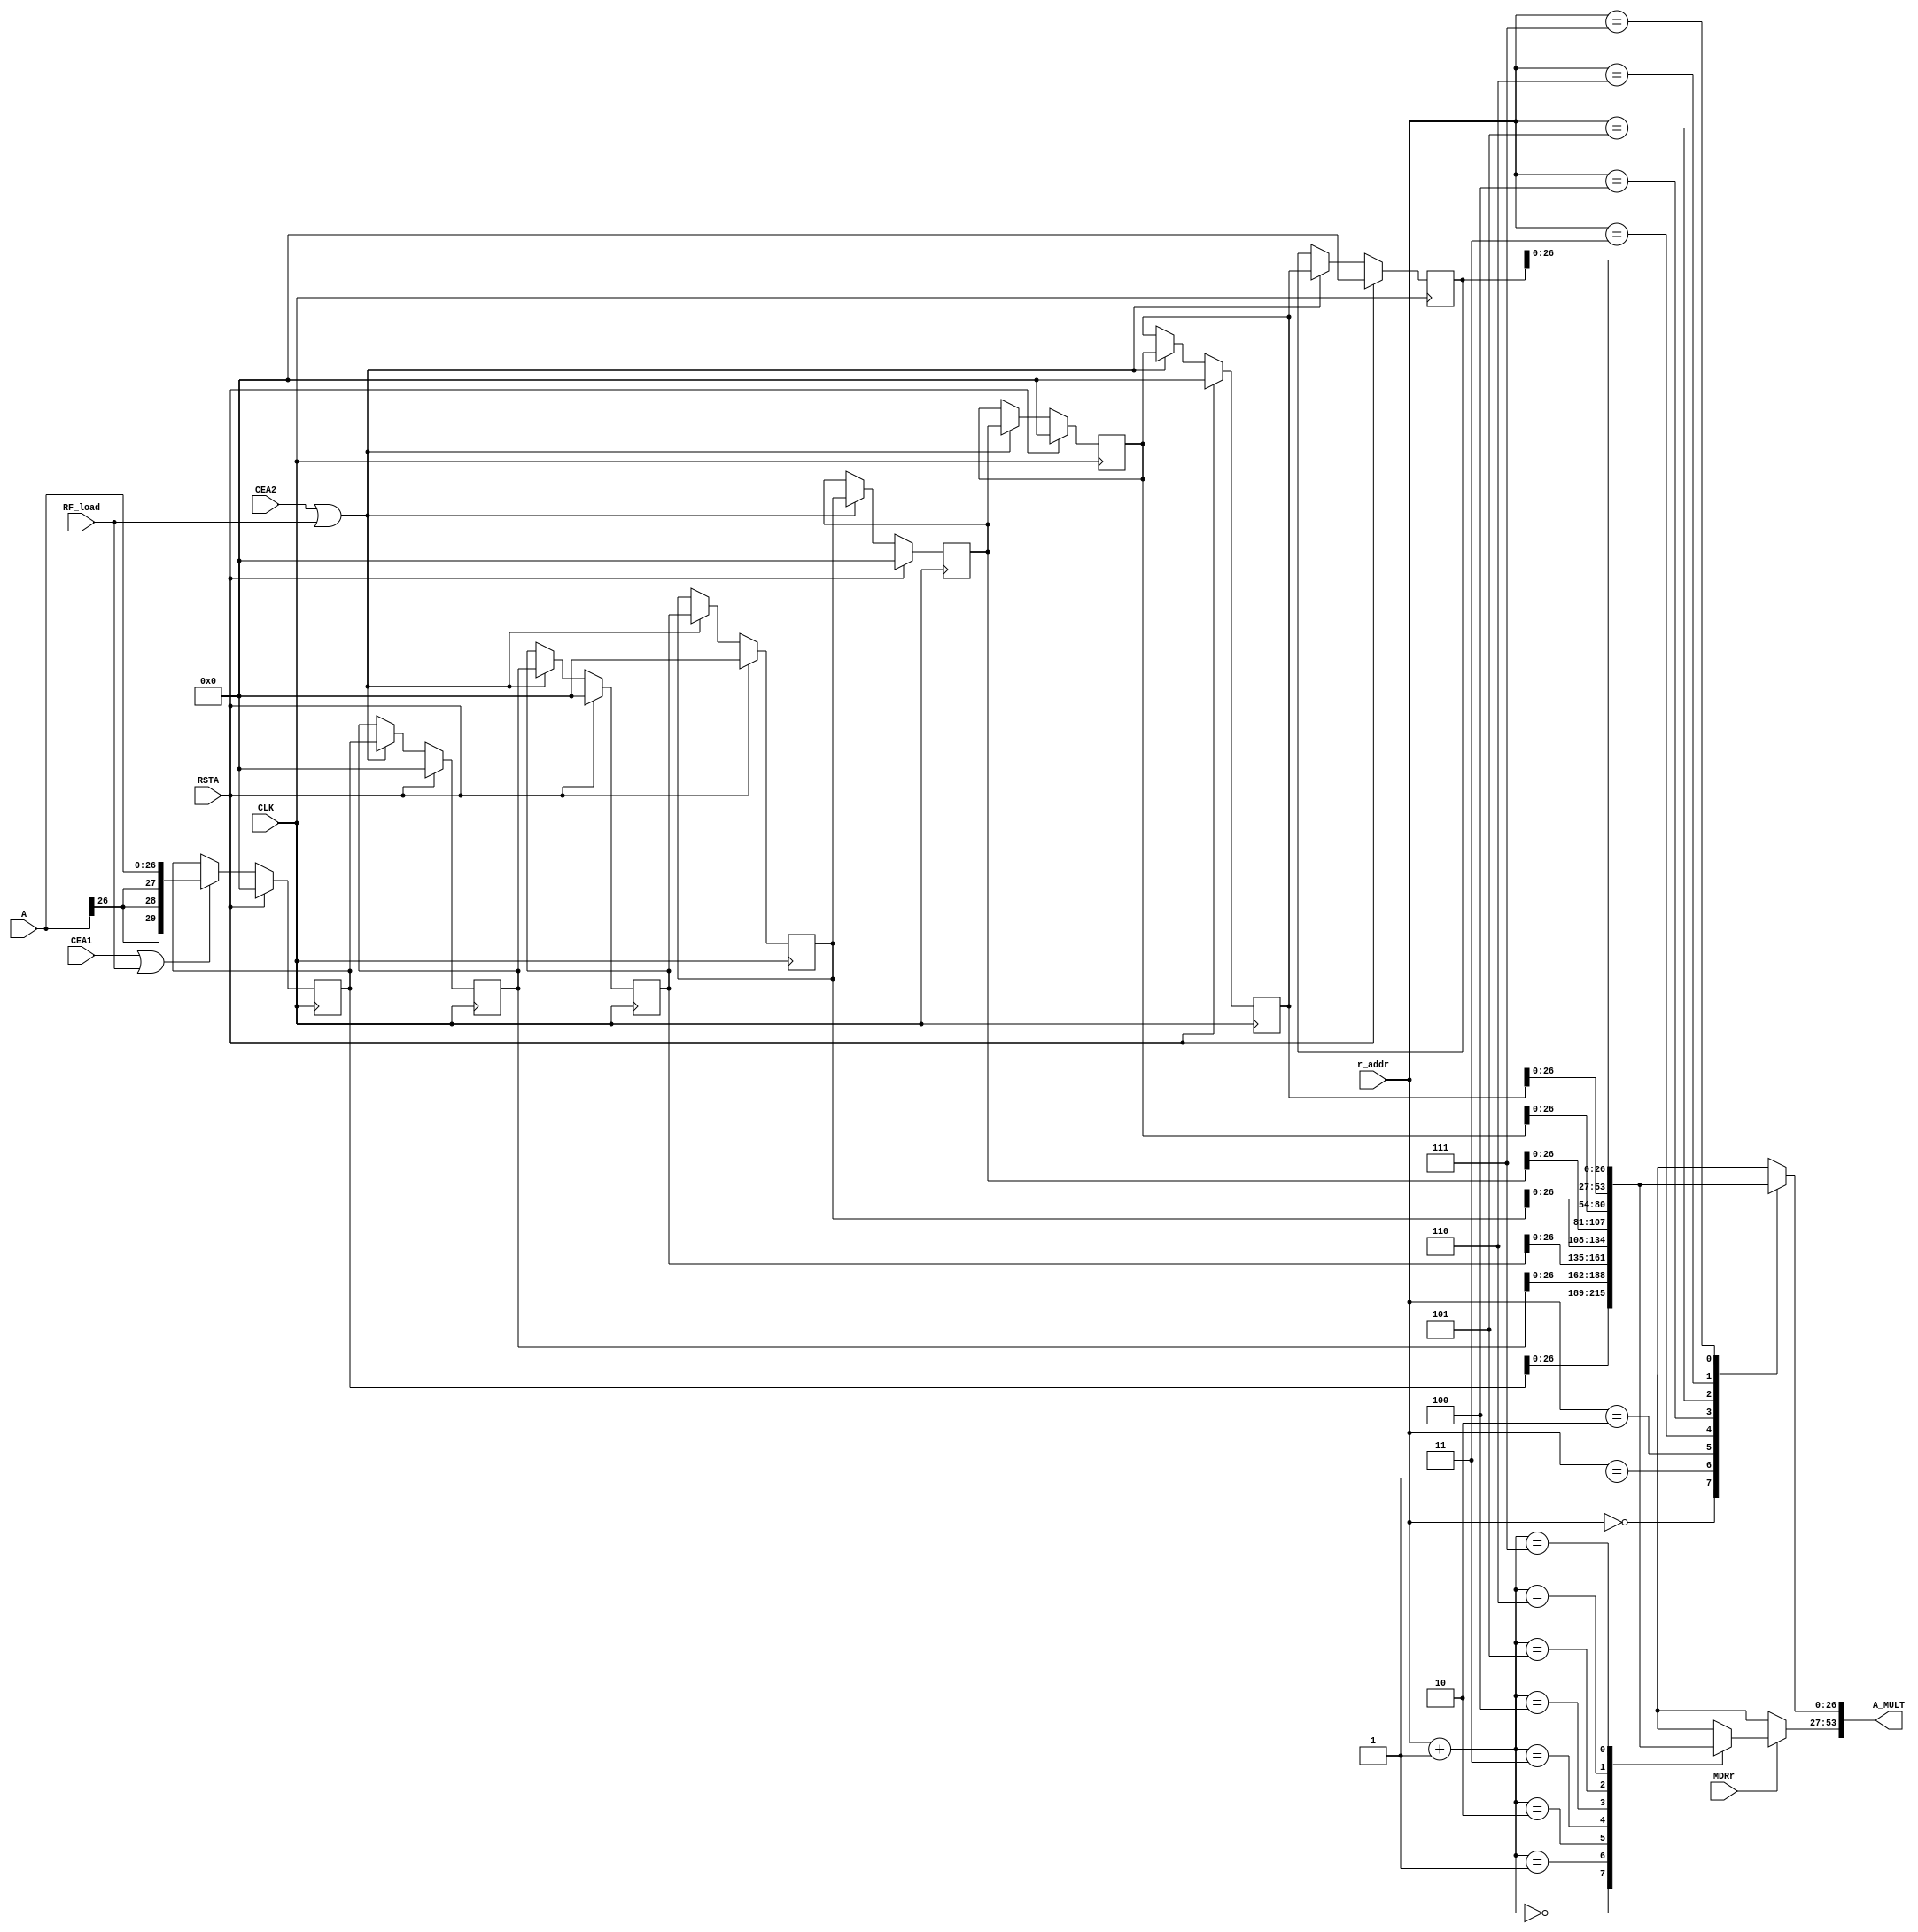
module  FIFO(
    CLK,
    RSTA,
    CEA1,
    CEA2,
    RF_load,
    MDRr,
    r_addr,
    A,
    A_MULT
 );

     parameter registerfile_size = 8;
     parameter registerfile_size_log = $clog2(registerfile_size);

    input CLK;
    input RSTA;
    input CEA1;
    input CEA2;
    input RF_load;
    input MDRr;
    input [2:0] r_addr;
    input signed [26:0] A;

    output [53:0] A_MULT;

    reg [29:0] A_RF [7:0];

    generate
    integer j;
    // RF as a shift register
    always@(posedge CLK) begin
        if (RSTA) begin
            for ( j = 0; j < 8; j = j + 1) begin
                A_RF[j] <= 30'b0;
            end
        end
        else begin
            if (CEA1 | RF_load) begin
                A_RF[0] <= A;
            end
            /*if (CEA2 | RF_load) begin
                A_RF[1] <= A_RF[0];
            end*/
            if (CEA2 | RF_load) begin
                for (j = 1; j < 8; j = j + 1) begin
                    A_RF[j] <= A_RF[j-1];
                end
            end
        end
    end

    endgenerate

    reg [26:0] a_mult_temp_0;
    reg [26:0] a_mult_temp_1;
    always @ (*) begin
        if (MDRr) begin
            a_mult_temp_0 = A_RF[r_addr][26:0];
            a_mult_temp_1 = A_RF[r_addr + 1][26:0];
        end
        else begin
            a_mult_temp_0 = A_RF[r_addr][26:0];
            a_mult_temp_1 = 27'bx;

        end
    end

   wire signed [53:0] A_MULT = {a_mult_temp_1,a_mult_temp_0};

endmodule

module FIFO_A(
    CLK,
    MDR,
    CHAINMODE,
    A,
    ACIN,
    RF_load,

    A_addr,
    ACOUT_addr,

    RSTA,
    RSTCHAINMODE,
    RSTMDR,

    CEA1,
    CEA2,
    CECHAINMODE,
    CEMDR,

    A_MULT,
    ACOUT
     );

    parameter registerfile_size = 8;
    parameter registerfile_size_log = $clog2(registerfile_size);

    parameter integer AREG = 1;
    parameter A_INPUT = "DIRECT";
    parameter integer CHAINMODEREG = 1;
    parameter [1:0] IS_CHAINMODE_INVERTED = 1'b0;
    parameter IS_RSTCHAINMODE_INVERTED = 1'b0;

    parameter integer MDRREG = 1;
    parameter IS_MDR_INVERTED = 1'b0;
    parameter IS_RSTMDR_INVERTED = 1'b0;


    input CLK;
    input MDR;
    input [1:0] CHAINMODE;

    input [29:0] A;
    input [29:0] ACIN;
    input RF_load;

    input [registerfile_size_log-1:0] A_addr;
    input [registerfile_size_log-1:0] ACOUT_addr;

    input RSTA;
    input RSTCHAINMODE;
    input RSTMDR;

    input CEA1;
    input CEA2;
    input CECHAINMODE;
    input CEMDR;

    output [53:0] A_MULT;
    output reg [29:0] ACOUT;

    reg        [1:0]  CHAINMODEr;
    reg        MDRr;

    wire signed [29:0] A_muxed;

generate
     if (A_INPUT == "CASCADE") assign A_muxed = ACIN;
        else assign A_muxed = A;

    if (CHAINMODEREG == 1) initial CHAINMODEr = 0;
    if (CHAINMODEREG == 1) begin always @(posedge CLK) if (RSTCHAINMODE) CHAINMODEr <= 0; else if (CECHAINMODE) CHAINMODEr <= CHAINMODE; end
    else           always @* CHAINMODEr <= CHAINMODE;
    if (MDRREG == 1) initial MDRr = 0;
    if (MDRREG == 1) begin always @(posedge CLK) if (RSTMDR) MDRr <= 0; else if (CEMDR) MDRr <= MDR; end
    else           always @* MDRr <= MDR;
endgenerate
reg [29:0] A_RF [7:0];

    generate
    integer j;
    // RF as A_muxed shift register
    always@(posedge CLK) begin
        if (RSTA) begin
            for ( j = 0; j < 8; j = j + 1) begin
                A_RF[j] <= 30'b0;
            end
        end
        else begin
            if (CEA1 | RF_load) begin
                A_RF[0] <= A_muxed;
            end
            /*if (CEA2 | RF_load) begin

                A_RF[1] <= A_RF[0];
            end*/
            if (CEA2 | RF_load) begin
                for (j = 1; j < 8; j = j + 1) begin
                    A_RF[j] <= A_RF[j-1];
                end
            end
        end
    end

    endgenerate

    reg [26:0] a_mult_temp_0;
    reg [26:0] a_mult_temp_1;
    always @ (*) begin
        if (MDRr) begin
            a_mult_temp_0 = A_RF[A_addr][26:0];
            a_mult_temp_1 = A_RF[A_addr + 1][26:0];
        end
        else begin
            a_mult_temp_0 = A_RF[A_addr][26:0];
            a_mult_temp_1 = 27'bx;
end
    end


   wire signed [53:0] A_MULT = {a_mult_temp_1,a_mult_temp_0};


    always @ (*) begin
        case (CHAINMODEr)
            2'b00: begin
                if (ACOUT_addr == 0) begin
                    ACOUT = A_muxed;
                end
                else begin
                    ACOUT = A_RF[ACOUT_addr - 1];
                end
            end
         /*   2'b01: begin
                ACOUT = {{9'b0_0000_0000},{B1B0_stream}};
            end
            2'b10: begin
                ACOUT = {{9'b0_0000_0000},{B_MUX}};
            end*/
            default: begin
                ACOUT = 18'bx;
            end

        endcase
    end

endmodule